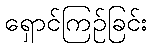
ရှောင်ကြဉ်ခြင်း